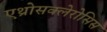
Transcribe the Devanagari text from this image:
एथ्रोसक्लेरोसिस